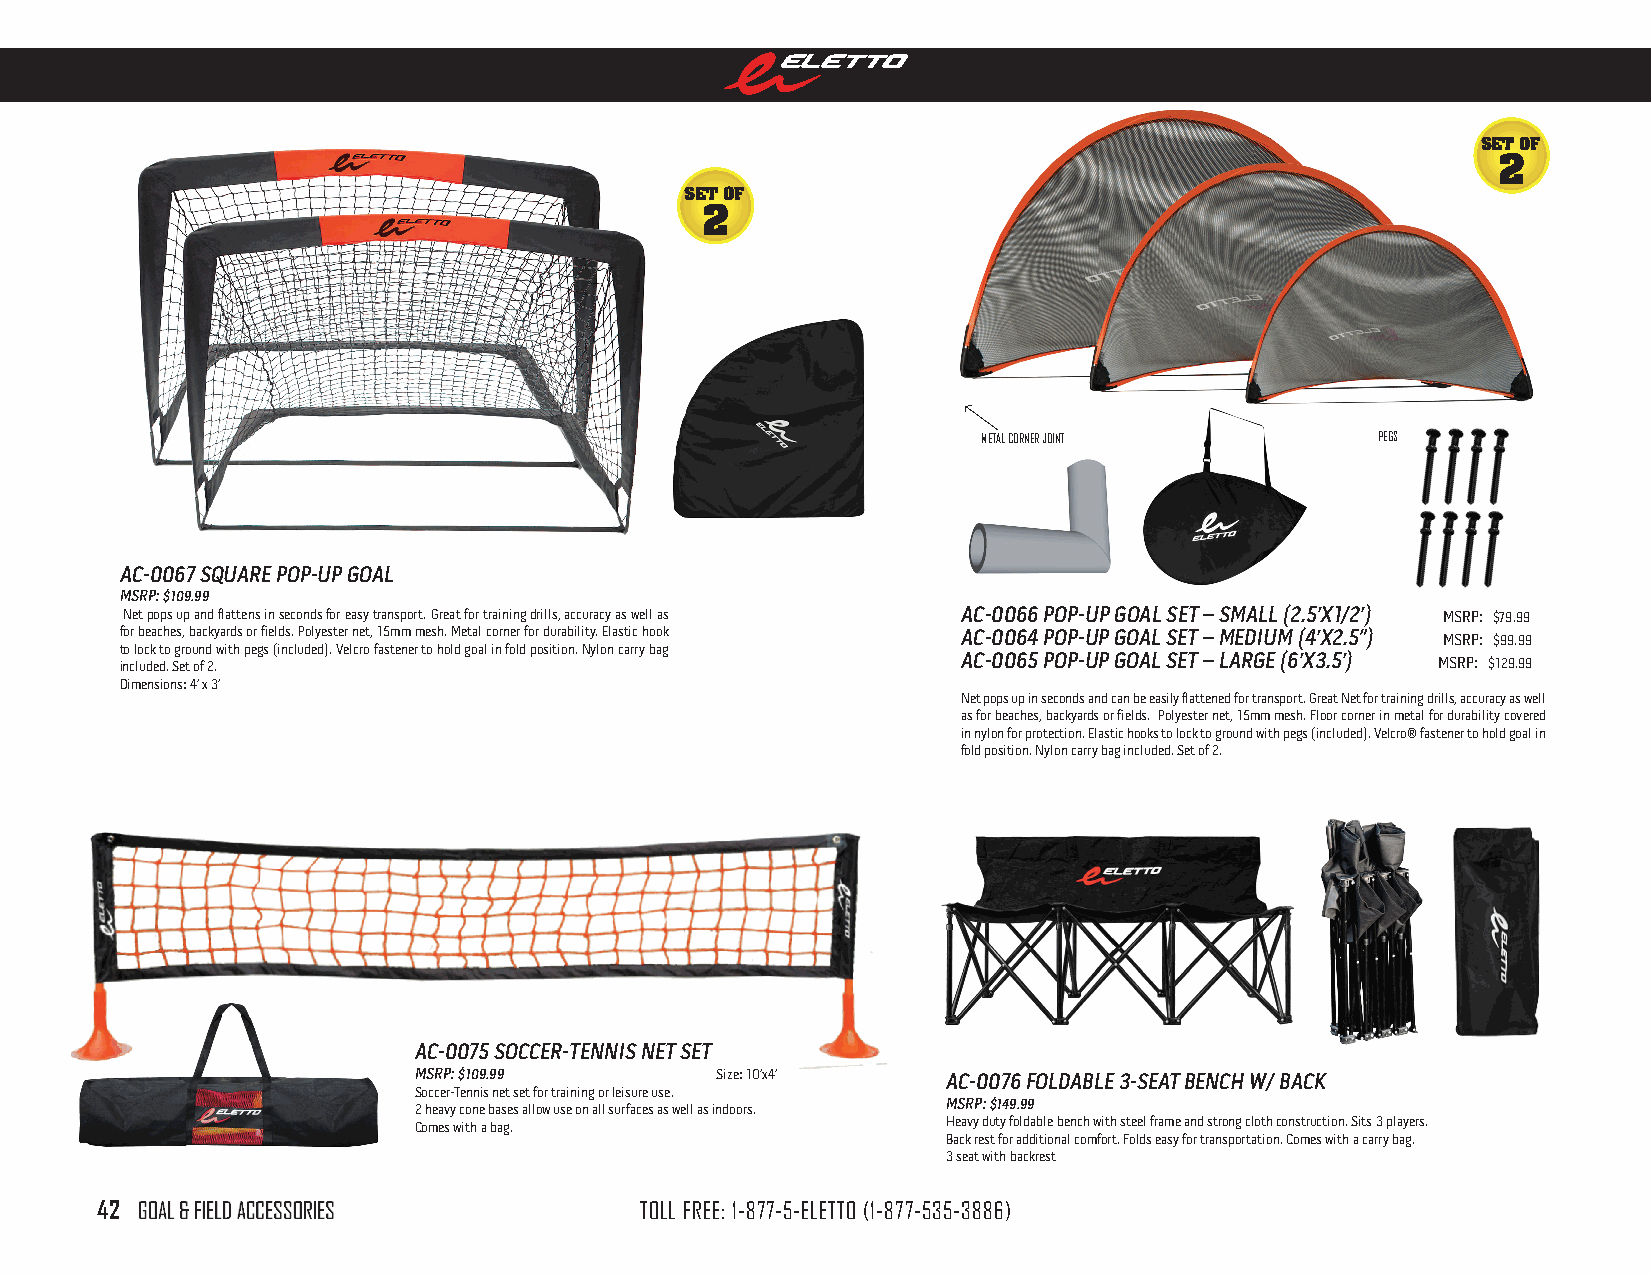
SET OF
 2
 SET OF
 2
 mETaL CORnER JOinT        pEGS
 Ac-0067 sQuAre PoP-uP goAl
 msrP: $109.99
  Net pops up and flattens in seconds for easy transport. Great for training drills, accuracy as well as Ac-0066 PoP-uP goAl seT – smAll (2.5’X1/2’) MSRP: $79.99
 for beaches, backyards or fields. Polyester net, 15mm mesh. Metal corner for durability. Elastic hook Ac-0064 PoP-uP goAl seT – medium (4’X2.5”) MSRP: $99.99
 to lock to ground with pegs (included). Velcro fastener to hold goal in fold position. Nylon carry bag
 included. Set of 2.                                     Ac-0065 PoP-uP goAl seT – lArge (6’X3.5’) MSRP: $129.99
 Dimensions: 4’ x 3’
 Net pops up in seconds and can be easily flattened for transport. Great Net for training drills, accuracy as well
 as for beaches, backyards or fields. Polyester net, 15mm mesh. Floor corner in metal for durability covered
 in nylon for protection. Elastic hooks to lock to ground with pegs (included). Velcro® fastener to hold goal in
 fold position. Nylon carry bag included. Set of 2.
 Ac-0075 soccer-Tennis neT seT
 msrP: $109.99       Size: 10’x4’    Ac-0076 FoldABle 3-seAT Bench w/ BAck
 Soccer-Tennis net set for training or leisure use.
 2 heavy cone bases allow use on all surfaces as well as indoors. msrP: $149.99
 Comes with a bag.                   Heavy duty foldable bench with steel frame and strong cloth construction. Sits 3 players.
 Back rest for additional comfort. Folds easy for transportation. Comes with a carry bag.
 3 seat with backrest
 42 GOaL & FiELD aCCESSORiES         TOLL FREE: 1-877-5-ELETTO (1-877-535-3886)